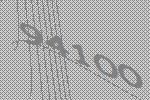
94100